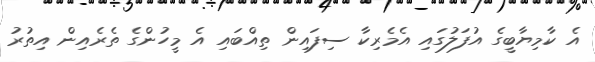
އެ ކާމިޔާބީގެ އުފަލުގައި އެމެރިކާ ސިފައިން ތިއްބައި އެ މީހުންގެ ތެރެއިން އިތުރު